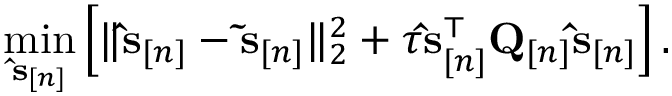
\operatorname* { m i n } _ { \ensuremath { \mathbf { \hat { s } } } _ { [ n ] } } \left[ \| \ensuremath { \mathbf { \hat { s } } } _ { [ n ] } - \ensuremath { \mathbf { \tilde { s } } } _ { [ n ] } \| _ { 2 } ^ { 2 } + \tau \ensuremath { \mathbf { \hat { s } } } _ { [ n ] } ^ { \top } \mathbf Q _ { [ n ] } \ensuremath { \mathbf { \hat { s } } } _ { [ n ] } \right] .